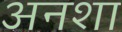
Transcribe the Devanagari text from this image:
अनशा